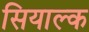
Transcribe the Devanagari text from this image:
सियाल्क